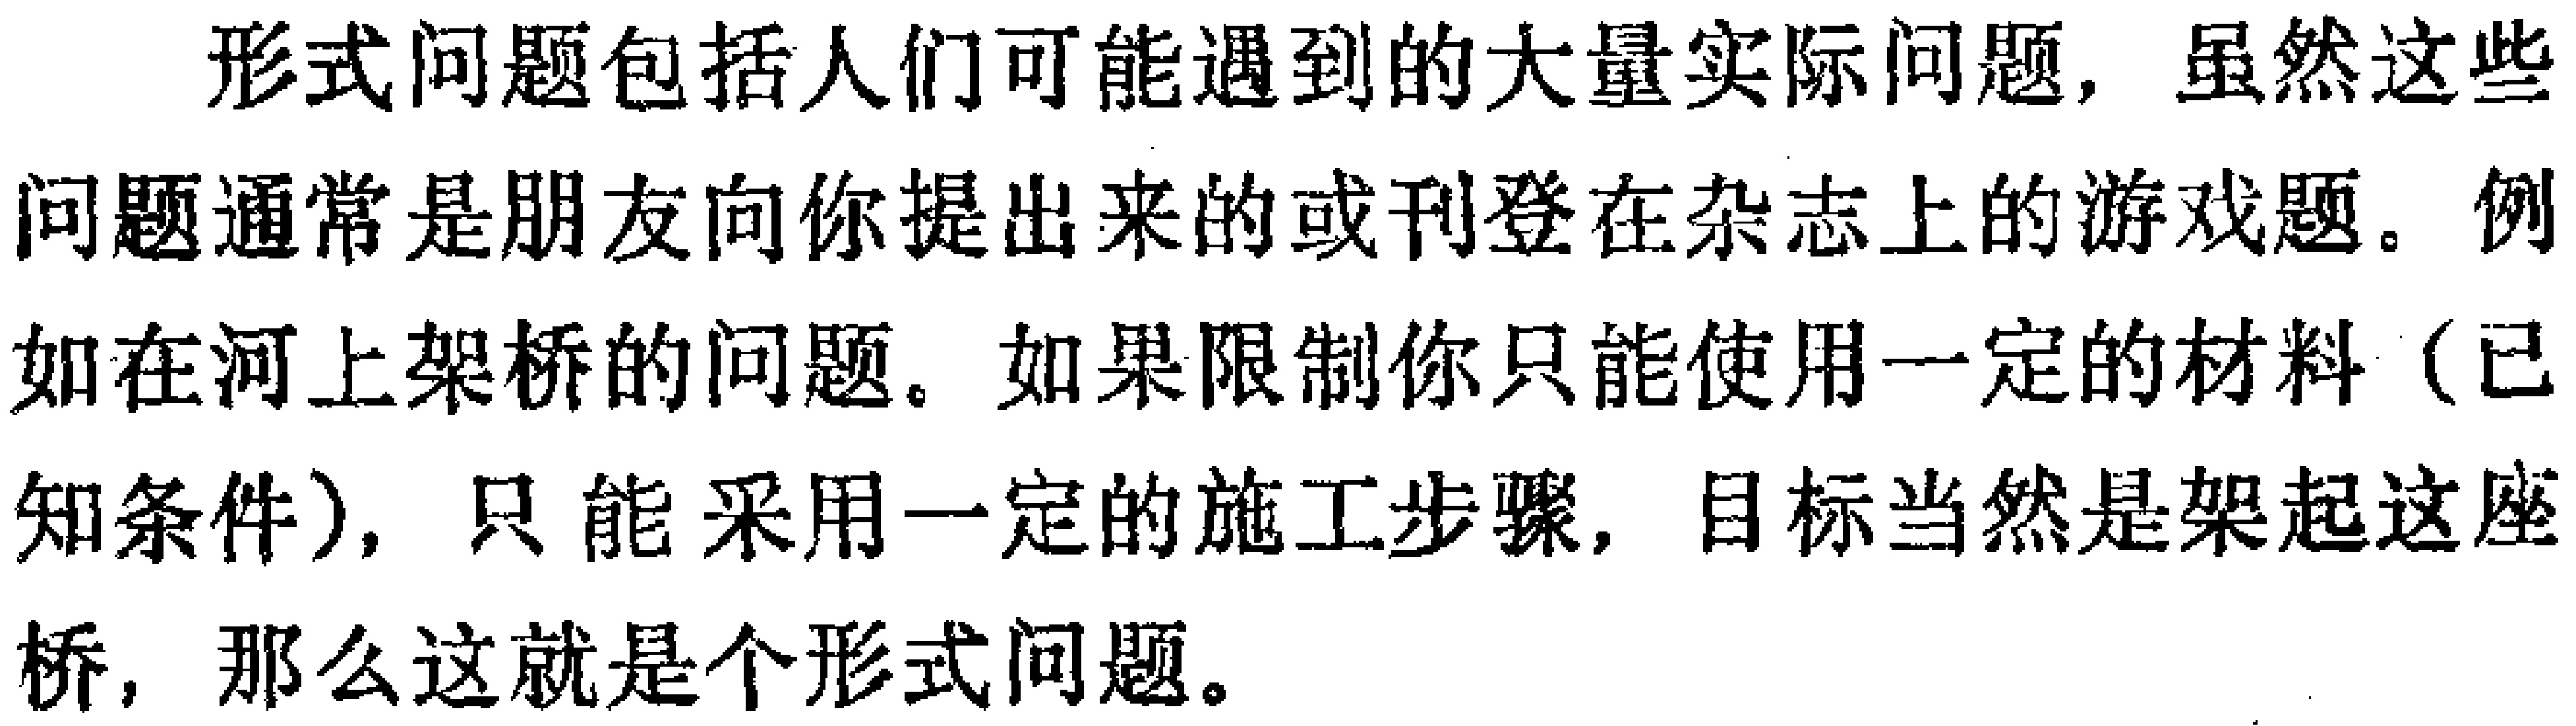
形式问题包括人们可能遇到的大量实际问题，虽然这些问题通常是朋友向你提出来的或刊登在杂志上的游戏题。例如在河上架桥的问题。如果限制你只能使用一定的材料（已知条件），只能采用一定的施工步骤，目标当然是架起这座桥，那么这就是个形式问题。